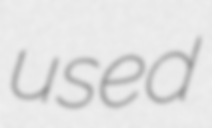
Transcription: used